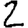
Digit: 2